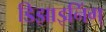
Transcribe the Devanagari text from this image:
डिझाइनिंग्